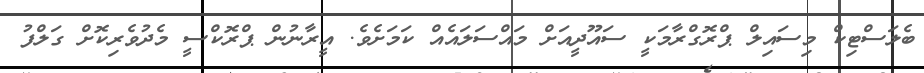
ބެލަސްޓިކް މިސައިލް ޕްރޮގްރާމަކީ ސައޫދީއަށް މައްސަލައެއް ކަމަށެވެ. އީރާނުން ޕްރޮކްސީ މެދުވެރިކޮށް ގަލްފު